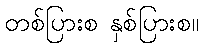
တစ်ပြားစ နှစ်ပြားစ။